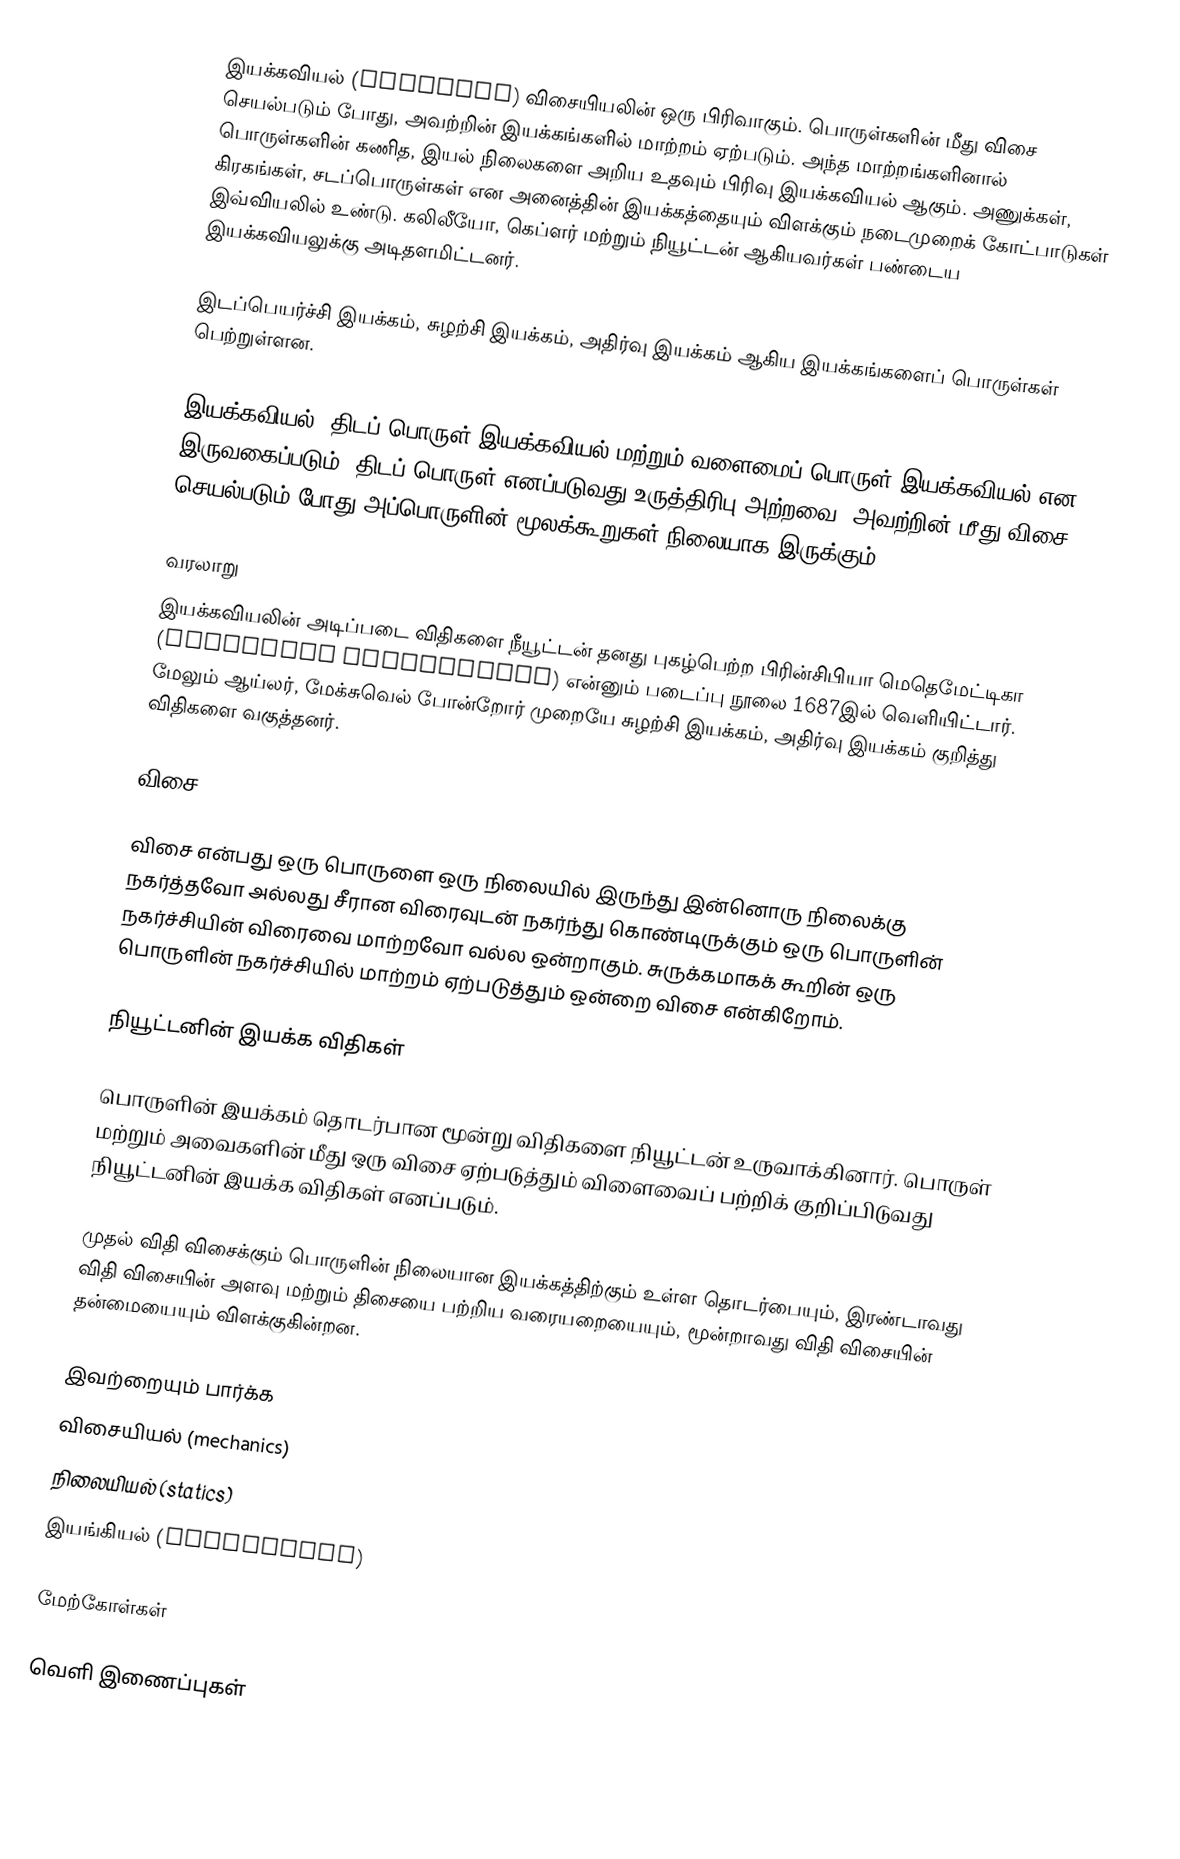
இயக்கவியல்  (Dynamics) விசையியலின் ஒரு பிரிவாகும். பொருள்களின் மீது விசை செயல்படும் போது, அவற்றின் இயக்கங்களில் மாற்றம் ஏற்படும். அந்த மாற்றங்களினால் பொருள்களின் கணித, இயல் நிலைகளை அறிய உதவும் பிரிவு இயக்கவியல் ஆகும். அணுக்கள், கிரகங்கள், சடப்பொருள்கள் என அனைத்தின் இயக்கத்தையும் விளக்கும் நடைமுறைக் கோட்பாடுகள் இவ்வியலில் உண்டு. கலிலீயோ, கெப்ளர் மற்றும் நியூட்டன் ஆகியவர்கள் பண்டைய இயக்கவியலுக்கு அடிதளமிட்டனர்.

இடப்பெயர்ச்சி இயக்கம், சுழற்சி இயக்கம், அதிர்வு இயக்கம் ஆகிய இயக்கங்களைப் பொருள்கள் பெற்றுள்ளன.

இயக்கவியல், திடப் பொருள் இயக்கவியல் மற்றும் வளைமைப் பொருள் இயக்கவியல் என இருவகைப்படும். திடப் பொருள் எனப்படுவது உருத்திரிபு அற்றவை, அவற்றின் மீது விசை செயல்படும் போது அப்பொருளின் மூலக்கூறுகள் நிலையாக இருக்கும்.

வரலாறு
இயக்கவியலின் அடிப்படை விதிகளை நீயூட்டன் தனது புகழ்பெற்ற பிரின்சிபியா மெதெமேட்டிகா (Principia Mathematica) என்னும் படைப்பு நூலை 1687இல் வெளியிட்டார். மேலும் ஆய்லர், மேக்சுவெல் போன்றோர் முறையே சுழற்சி இயக்கம், அதிர்வு இயக்கம் குறித்து விதிகளை வகுத்தனர்.

விசை

விசை என்பது ஒரு பொருளை ஒரு நிலையில் இருந்து இன்னொரு நிலைக்கு நகர்த்தவோ அல்லது சீரான விரைவுடன் நகர்ந்து கொண்டிருக்கும் ஒரு பொருளின் நகர்ச்சியின் விரைவை மாற்றவோ வல்ல ஒன்றாகும். சுருக்கமாகக் கூறின் ஒரு பொருளின் நகர்ச்சியில் மாற்றம் ஏற்படுத்தும் ஒன்றை விசை என்கிறோம்.

நியூட்டனின் இயக்க விதிகள்

பொருளின் இயக்கம் தொடர்பான மூன்று விதிகளை நியூட்டன் உருவாக்கினார். பொருள் மற்றும் அவைகளின் மீது ஒரு விசை ஏற்படுத்தும் விளைவைப் பற்றிக் குறிப்பிடுவது நியூட்டனின் இயக்க விதிகள் எனப்படும்.

முதல் விதி விசைக்கும் பொருளின் நிலையான இயக்கத்திற்கும் உள்ள தொடர்பையும், இரண்டாவது விதி விசையின் அளவு மற்றும் திசையை பற்றிய வரையறையையும், மூன்றாவது விதி விசையின் தன்மையையும் விளக்குகின்றன.

இவற்றையும் பார்க்க
விசையியல் (mechanics)
நிலையியல் (statics)
இயங்கியல் (kinematics)

மேற்கோள்கள்

வெளி இணைப்புகள்